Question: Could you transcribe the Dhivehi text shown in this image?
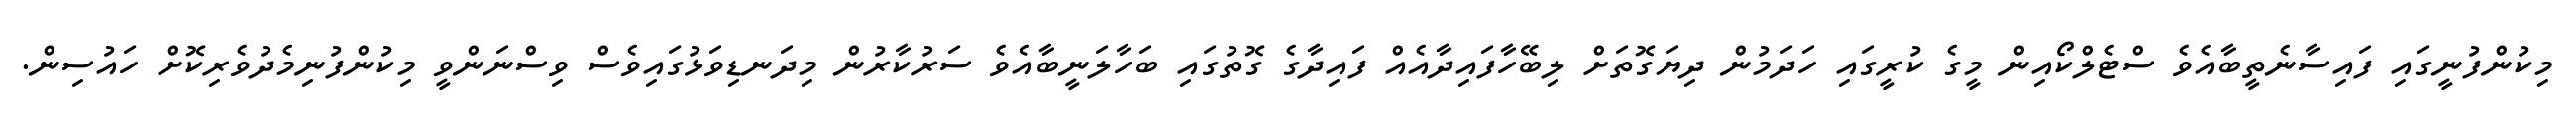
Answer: މިކުންފުނީގައި ފައިސާނެތީބާއެވެ ސްޓެލްކޯއިން މީގެ ކުރީގައި ހަދަމުން ދިޔަގޮތަށް ލިބޭހާފައިދާއެއް ފައިދާގެ ގޮތުގައި ބަހާލަނީބާއެވެ ސަރުކާރުން މިދަނޑިވަޅުގައިވެސް ވިސްނަންވީ މިކުންފުނިމެދުވެރިކޮށް ހައުސިން.